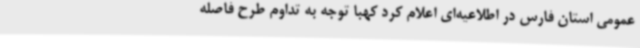
عمومی استان فارس در اطلاعیه‌ای اعلام کرد کهبا توجه به تداوم طرح فاصله